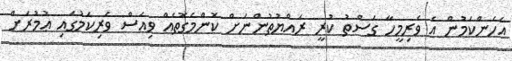
އެހެންކަމުން އެ ވެރިމީހާ ގަސްތު ކުރީ ރައްޔުތުންނަށް ކޮންމެގޮތެއް ވިއަސް ވެރިކަމުގައި ޢުމުރަށް